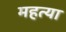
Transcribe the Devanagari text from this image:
महत्या